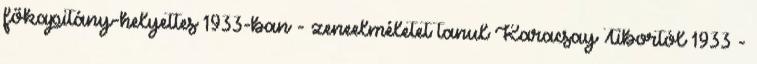
főkapitány-helyettes 1933-ban - zeneelméletet tanul Karacsay Tibortól 1933 -